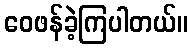
ဝေဖန်ခဲ့ကြပါတယ်။